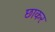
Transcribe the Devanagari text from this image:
छाकर